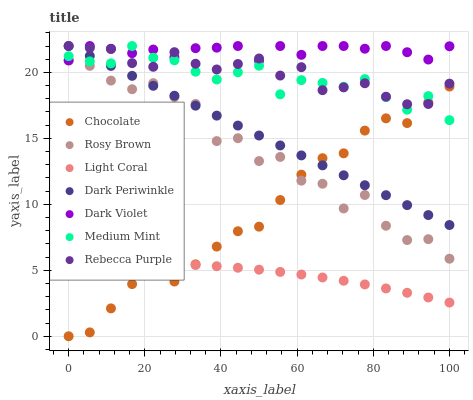
| xaxis_label | Chocolate | Rosy Brown | Light Coral | Dark Periwinkle | Dark Violet | Medium Mint | Rebecca Purple |
 | --- | --- | --- | --- | --- | --- | --- | --- |
 | 0 | 0 | 20.9 | 5.39 | 22 | 20.9 | 21.2 | 22 |
 | 5.56 | 0.292 | 20.5 | 5.46 | 21.2 | 22 | 20.8 | 21.9 |
 | 11.1 | 2.11 | 19.4 | 5.5 | 20.5 | 21.8 | 20.7 | 21.8 |
 | 16.7 | 3.95 | 18.7 | 5.52 | 19.7 | 21.5 | 22 | 20.7 |
 | 22.2 | 4.76 | 19.2 | 5.5 | 19 | 21.7 | 21.1 | 20.4 |
 | 27.8 | 4.15 | 18.1 | 5.47 | 18.2 | 21.1 | 20.9 | 21.5 |
 | 33.3 | 5.45 | 17.6 | 5.4 | 17.5 | 21.8 | 20.1 | 20.7 |
 | 38.9 | 6.8 | 14.8 | 5.31 | 16.7 | 21.9 | 19.5 | 20.2 |
 | 44.4 | 7.96 | 15 | 5.19 | 16 | 22 | 20 | 20.6 |
 | 50 | 8.31 | 13.3 | 5.05 | 15.2 | 20.9 | 20.5 | 21.1 |
 | 55.6 | 10.3 | 13.6 | 4.88 | 14.5 | 22 | 18.3 | 19.8 |
 | 61.1 | 12.3 | 11.8 | 4.68 | 13.7 | 21.3 | 19.4 | 20.4 |
 | 66.7 | 13.5 | 11.6 | 4.46 | 13 | 22 | 19.2 | 18.7 |
 | 72.2 | 13.9 | 9.69 | 4.21 | 12.2 | 22 | 18.9 | 18.9 |
 | 77.8 | 15.6 | 10.7 | 3.93 | 11.4 | 21.8 | 19.5 | 19.2 |
 | 83.3 | 16.5 | 8.38 | 3.62 | 10.7 | 22 | 18.1 | 18.2 |
 | 88.9 | 16.2 | 7.29 | 3.29 | 9.94 | 21.5 | 17.2 | 17.6 |
 | 94.4 | 17.7 | 7.36 | 2.94 | 9.19 | 21 | 18.2 | 17.6 |
 | 100 | 18.9 | 5.88 | 2.56 | 8.43 | 22 | 16.4 | 19.1 |